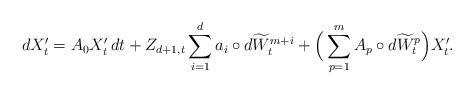
LaTeX: \begin{align*}d X_t' = A_0 X_t'\,dt + Z_{d+1,t} \sum_{i=1}^d a_i\circ d\widetilde W^{m+i}_t + \Big( \sum_{p=1}^m A_p\circ d\widetilde W^p_t\Big) X_t'.\end{align*}